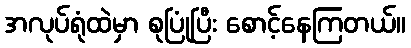
အလုပ်ရုံထဲမှာ စုပြုံပြီး စောင့်နေကြတယ်။